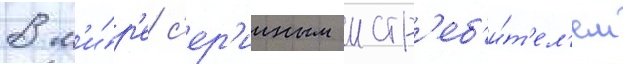
в м'и́р'е с'ер'ииным истр'еб'и́т'ел'ем